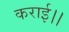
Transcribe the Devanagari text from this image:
कराई।।